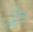
كل